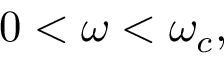
0 < \omega < \omega _ { c } ,